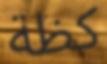
كظة